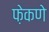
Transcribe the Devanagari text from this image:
फ़ेकणे